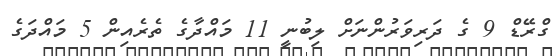
ގްރޭޑް 9 ގެ ދަރިވަރުންނަށް ލިބުނީ 11 މައްދާގެ ތެރެއިން 5 މައްދަގެ